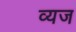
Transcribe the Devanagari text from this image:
व्यज